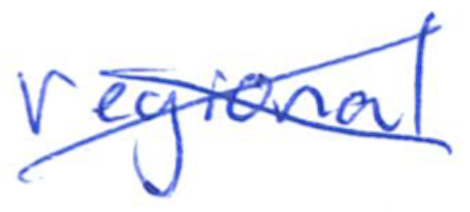
Text: regional
Cross-out: cross
Writing tool: ballpoint